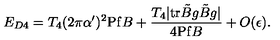
E _ { D 4 } = T _ { 4 } ( 2 \pi \alpha ^ { \prime } ) ^ { 2 } \mathrm { P f } B + \frac { T _ { 4 } | \mathrm { t r } \tilde { B } g \tilde { B } g | } { 4 \mathrm { P f } B } + O ( \epsilon ) .